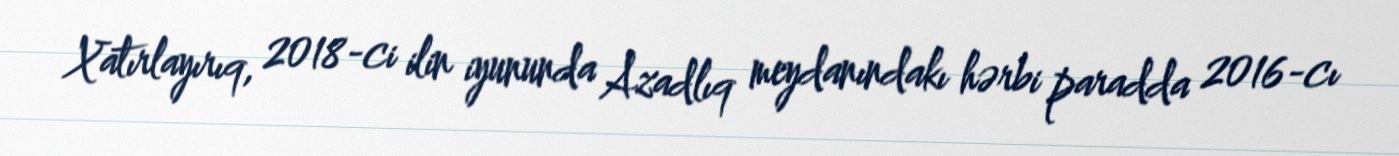
Xatırlayırıq, 2018-ci ilin iyununda Azadlıq meydanındakı hərbi paradda 2016-cı